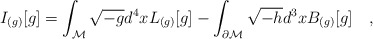
\begin{align*}I_{(g)}[g]=\int_{\cal M} \sqrt{-g} d^4x L_{(g)}[g]-\int_{\partial {\cal M}} \sqrt{-h} d^3xB_{(g)}[g]~~~,\end{align*}